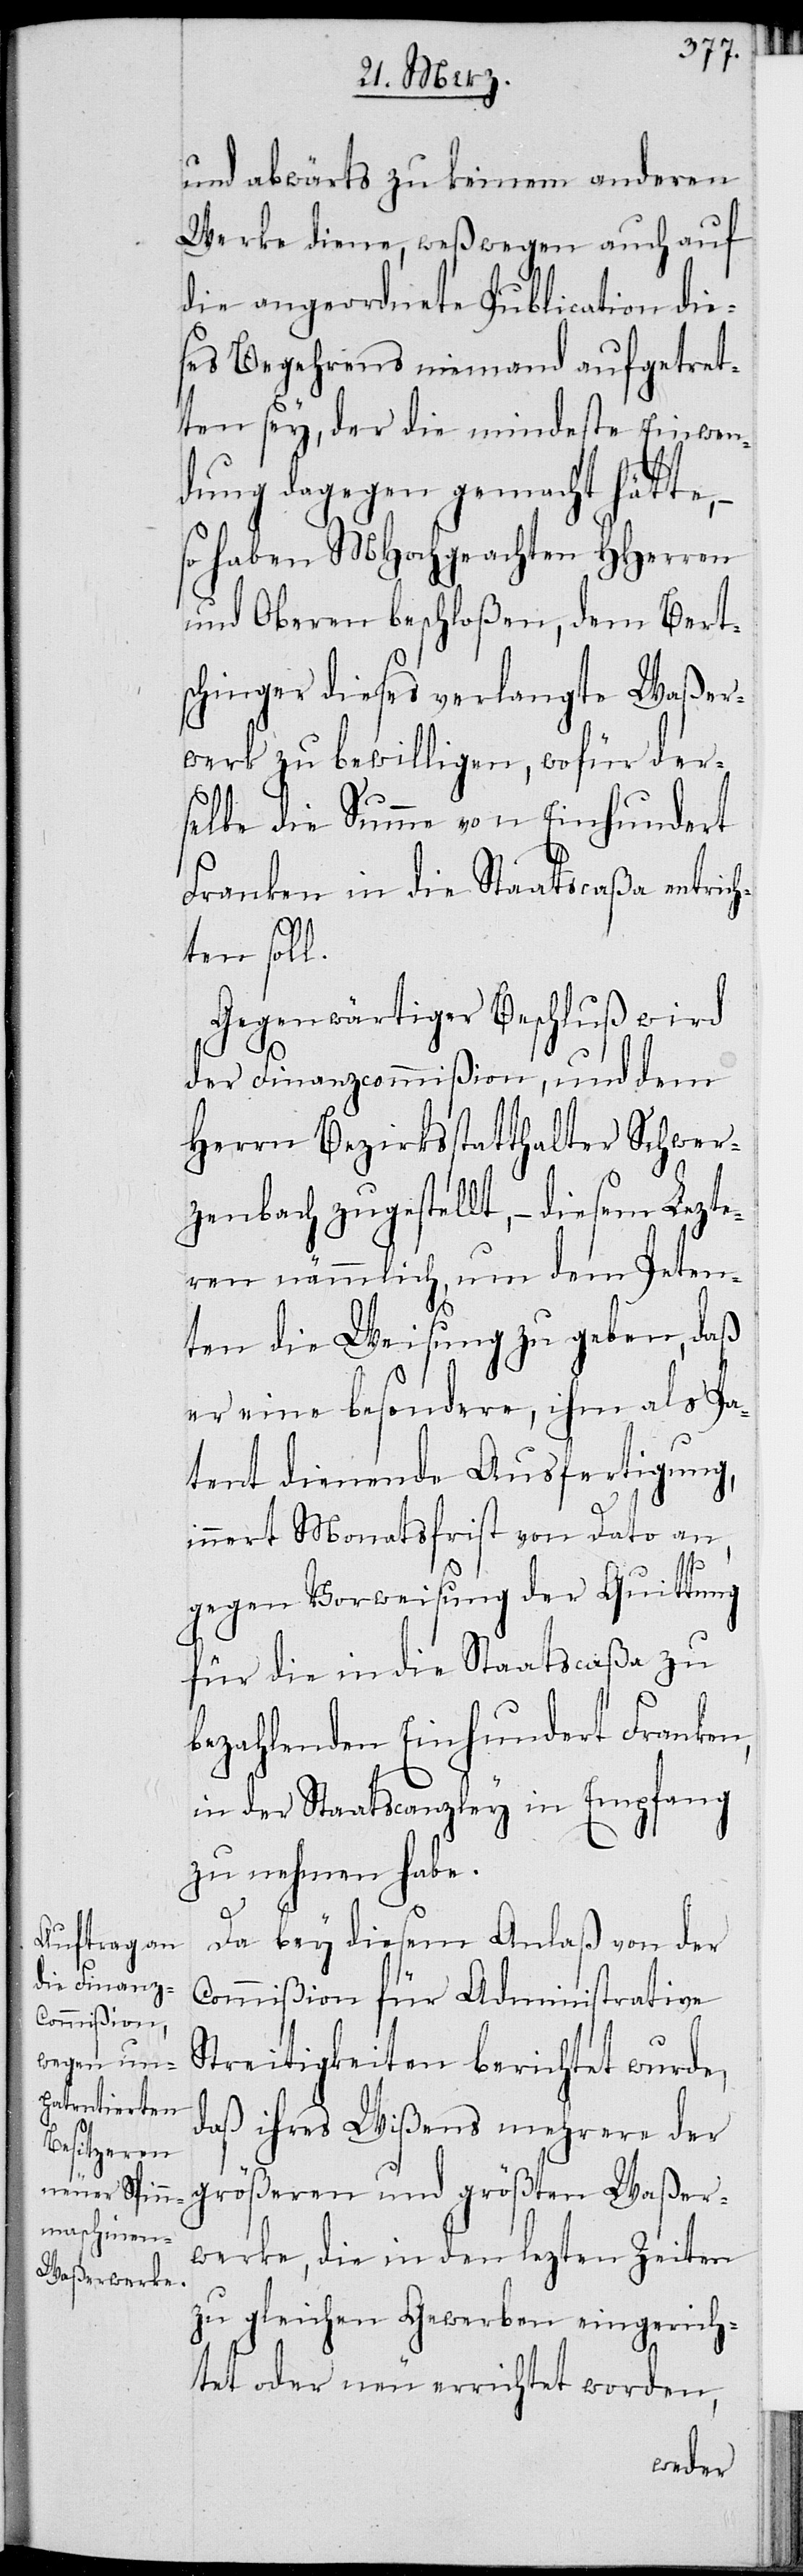
und abwärts zu keinem anderen
Werke diene, weßwegen auch auf
die angeordnete Publication die¬
ses Begehrens niemand aufgetret¬
en sey, der die mindeste Einwen¬
dung dagegen gemacht hätte,
so haben MHochgeachten HHerren
und Oberen beschloßen, dem Bert¬
schinger dieses verlangte Waßer¬
werk zu bewilligen, wofür der¬
selbe die Summe von Einhundert
Franken in die Staatscaßa entrich¬
ten soll.
Gegenwärtiger Beschluß wird
der Finanzcommißion, und dem
Herrn Bezirksstatthalter Schwer¬
zenbach zugestellt, – diesem Lezte¬
ren nämmlich, um dem Peten¬
ten die Weisung zu geben, daß
er eine besondere, ihm als Pa¬
tent dienende Ausfertigung,
innert Monatsfrist von Dato an,
gegen Vorweisung der Quittung
für die in die Staatscaßa zu
bezahlenden Einhundert Franken,
in der Staatscanzley in Empfang
zu nehmen habe.